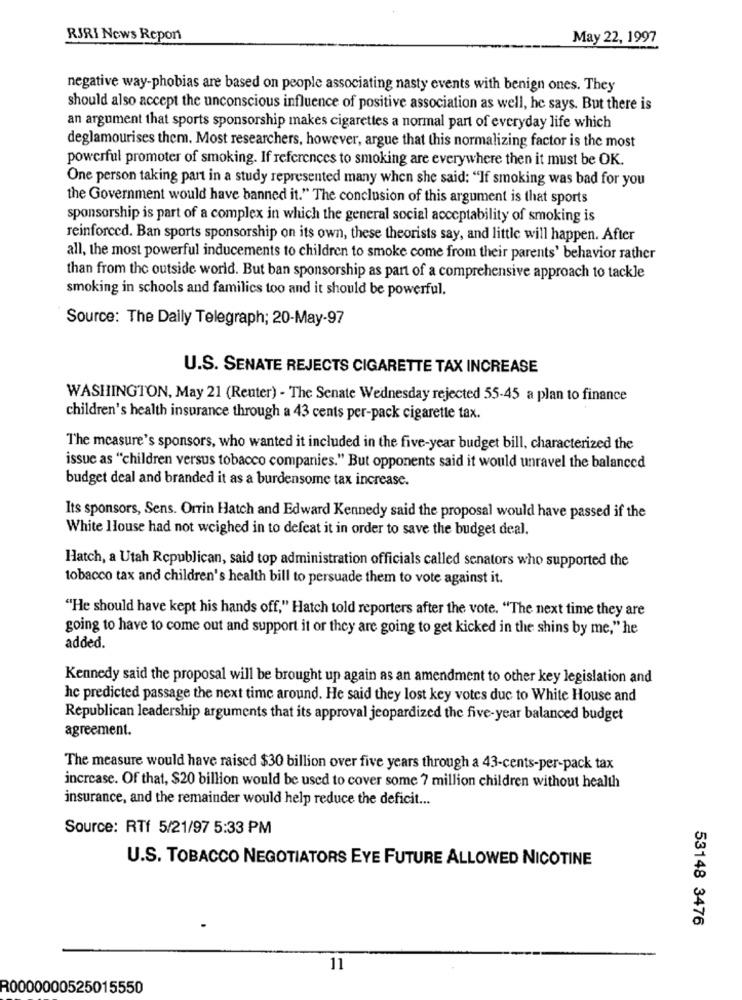
RSRI News Report
May 22, 1997
negative way-phobias are based on people associating nasty events with benign ones. They
should also accept the unconscious influence of positive association as well, he says. But there is
an argument that sports sponsorship makes cigarettes a normal part of everyday life which
deglamourises them. Most researchers, however, argue that this normalizing factor is the most
powerful promoter of smoking. If references to smoking are everywhere then it must be OK.
One person taking part in a study represented many when she said: "If smoking was bad for you
the Government would have banned it." The conclusion of this argument is that sports
sponsorship is part of a complex in which the general social acceptability of smoking is
reinforced. Ban sports sponsorship on its own, these theorists say, and little will happen. After
all, the most powerful inducements to children to smoke come from their parents' behavior rather
than from the outside world. But ban sponsorship as part of a comprehensive approach to tackle
smoking in schools and families too and it should be powerful.
Source: The Daily Telegraph; 20-May-97
U.S. SENATE REJECTS CIGARETTE TAX INCREASE
WASHINGTON, May 21 (Renter) - The Senate Wednesday rejected 55-45 a plan to finance
children's health insurance through a 43 cents per-pack cigarette tax.
The measure's sponsors, who wanted it included in the five-year budget bill, characterized the
issue as "children versus tobacco companies." But opponents said it would unravel the balanced
budget deal and branded it as a burdensome tax increase.
Its sponsors, Sens. Orrin Hatch and Edward Kennedy said the proposal would have passed if the
White House had not weighed in to defeat it in order to save the budget deal.
Hatch, a Utah Republican, said top administration officials called senators who supported the
tobacco tax and children's health bill to persuade them to vote against it.
"He should have kept his hands off," Hatch told reporters after the vote. "The next time they are
going to have to come out and support it or they are going to get kicked in the shins by me," he
added
Kennedy said the proposal will be brought up again as an amendment to other key legislation and
he predicted passage the next time around. He said they lost key votes due to White House and
Republican leadership arguments that its approval jeopardized the five-year balanced budget
agreement.
The measure would have raised $30 billion over five years through a 43-cents-per-pack tax
increase. Of that, $20 billion would be used to cover some 7 million children without health
insurance, and the remainder would help reduce the deficit ...
Source: RTf 5/21/97 5:33 PM
U.S. TOBACCO NEGOTIATORS EYE FUTURE ALLOWED NICOTINE
53148 3476
11
R0000000525015550